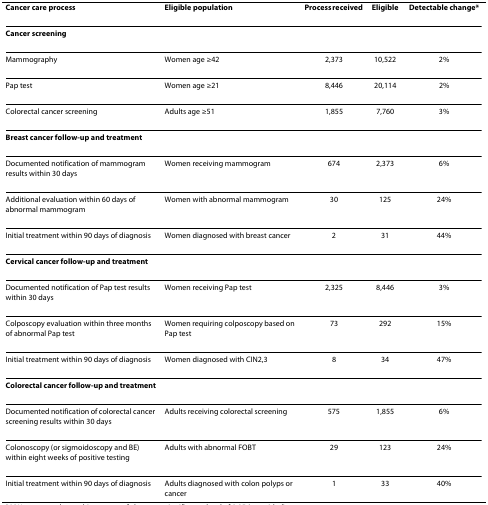
<table><thead><tr><td><b>Cancer care process</b></td><td><b>Eligible population</b></td><td><b>Process received </b></td><td><b>Eligible</b></td><td><b>Detectable change*</b></td></tr></thead><tbody><tr><td><b>Cancer screening</b></td><td></td><td></td><td></td><td></td></tr><tr><td>Mammography</td><td>Women age ≥42</td><td>2,373</td><td>10,522</td><td>2%</td></tr><tr><td>Pap test</td><td>Women age ≥21</td><td>8,446</td><td>20,114</td><td>2%</td></tr><tr><td>Colorectal cancer screening</td><td>Adults age ≥51</td><td>1,855</td><td>7,760</td><td>3%</td></tr><tr><td><b>Breast cancer follow-up and treatment</b></td><td></td><td></td><td></td><td></td></tr><tr><td>Documented notification of mammogram results within 30 days</td><td>Women receiving mammogram</td><td>674</td><td>2,373</td><td>6%</td></tr><tr><td>Additional evaluation within 60 days of abnormal mammogram</td><td>Women with abnormal mammogram</td><td>30</td><td>125</td><td>24%</td></tr><tr><td>Initial treatment within 90 days of diagnosis</td><td>Women diagnosed with breast cancer</td><td>2</td><td>31</td><td>44%</td></tr><tr><td><b>Cervical cancer follow-up and treatment</b></td><td></td><td></td><td></td><td></td></tr><tr><td>Documented notification of Pap test results within 30 days</td><td>Women receiving Pap test</td><td>2,325</td><td>8,446</td><td>3%</td></tr><tr><td>Colposcopy evaluation within three months of abnormal Pap test</td><td>Women requiring colposcopy based on Pap test</td><td>73</td><td>292</td><td>15%</td></tr><tr><td>Initial treatment within 90 days of diagnosis</td><td>Women diagnosed with CIN2,3</td><td>8</td><td>34</td><td>47%</td></tr><tr><td><b>Colorectal cancer follow-up and treatment</b></td><td></td><td></td><td></td><td></td></tr><tr><td>Documented notification of colorectal cancer screening results within 30 days</td><td>Adults receiving colorectal screening</td><td>575</td><td>1,855</td><td>6%</td></tr><tr><td>Colonoscopy (or sigmoidoscopy and BE) within eight weeks of positive testing</td><td>Adults with abnormal FOBT</td><td>29</td><td>123</td><td>24%</td></tr><tr><td>Initial treatment within 90 days of diagnosis</td><td>Adults diagnosed with colon polyps or cancer</td><td>1</td><td>33</td><td>40%</td></tr></tbody></table>